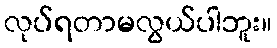
လုပ်ရတာမလွယ်ပါဘူး။